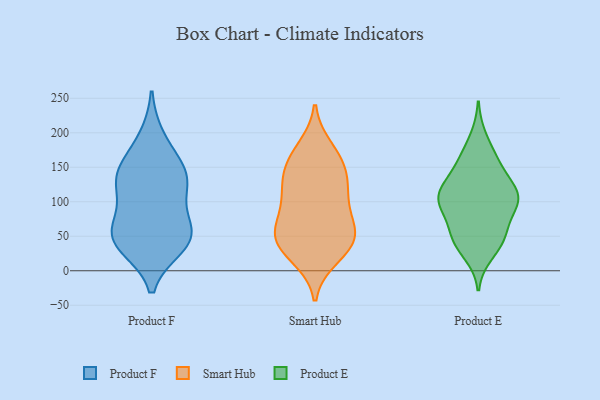
{"axis": {"x": "LTV (USD)", "y": "Value"}, "legend": ["Product E", "Product F", "Smart Hub"], "data": [{"x": "", "y": 36, "type": "Product F"}, {"x": "", "y": 117, "type": "Product F"}, {"x": "", "y": 150, "type": "Product F"}, {"x": "", "y": 52, "type": "Product F"}, {"x": "", "y": 146, "type": "Product F"}, {"x": "", "y": 75, "type": "Product F"}, {"x": "", "y": 132, "type": "Product F"}, {"x": "", "y": 50, "type": "Product F"}, {"x": "", "y": 127, "type": "Product F"}, {"x": "", "y": 51, "type": "Product F"}, {"x": "", "y": 192, "type": "Product F"}, {"x": "", "y": 42, "type": "Product F"}, {"x": "", "y": 52, "type": "Smart Hub"}, {"x": "", "y": 134, "type": "Smart Hub"}, {"x": "", "y": 107, "type": "Smart Hub"}, {"x": "", "y": 33, "type": "Smart Hub"}, {"x": "", "y": 20, "type": "Smart Hub"}, {"x": "", "y": 156, "type": "Smart Hub"}, {"x": "", "y": 33, "type": "Smart Hub"}, {"x": "", "y": 48, "type": "Smart Hub"}, {"x": "", "y": 177, "type": "Smart Hub"}, {"x": "", "y": 53, "type": "Smart Hub"}, {"x": "", "y": 101, "type": "Smart Hub"}, {"x": "", "y": 60, "type": "Smart Hub"}, {"x": "", "y": 141, "type": "Smart Hub"}, {"x": "", "y": 165, "type": "Smart Hub"}, {"x": "", "y": 74, "type": "Smart Hub"}, {"x": "", "y": 115, "type": "Smart Hub"}, {"x": "", "y": 51, "type": "Product E"}, {"x": "", "y": 94, "type": "Product E"}, {"x": "", "y": 192, "type": "Product E"}, {"x": "", "y": 42, "type": "Product E"}, {"x": "", "y": 111, "type": "Product E"}, {"x": "", "y": 155, "type": "Product E"}, {"x": "", "y": 56, "type": "Product E"}, {"x": "", "y": 157, "type": "Product E"}, {"x": "", "y": 106, "type": "Product E"}, {"x": "", "y": 163, "type": "Product E"}, {"x": "", "y": 40, "type": "Product E"}, {"x": "", "y": 127, "type": "Product E"}, {"x": "", "y": 127, "type": "Product E"}, {"x": "", "y": 101, "type": "Product E"}, {"x": "", "y": 110, "type": "Product E"}, {"x": "", "y": 97, "type": "Product E"}, {"x": "", "y": 25, "type": "Product E"}, {"x": "", "y": 106, "type": "Product E"}, {"x": "", "y": 54, "type": "Product E"}, {"x": "", "y": 90, "type": "Product E"}]}